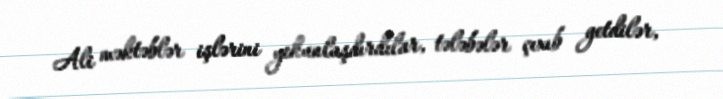
Ali məktəblər işlərini yekunlaşdırdılar, tələbələr çıxıb getdilər,